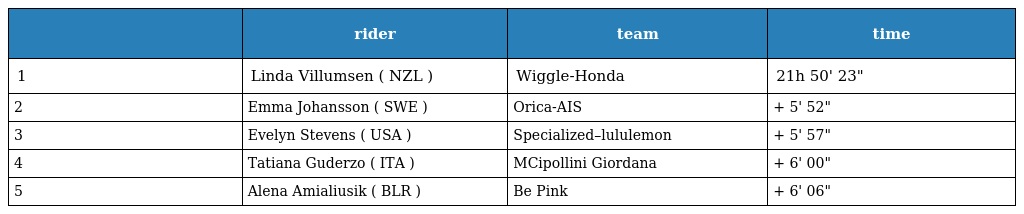
|  | rider | team | time |
 | --- | --- | --- | --- |
 | 1 | Linda Villumsen ( NZL ) | Wiggle-Honda | 21h 50' 23" |
 | 2 | Emma Johansson ( SWE ) | Orica-AIS | + 5' 52" |
 | 3 | Evelyn Stevens ( USA ) | Specialized–lululemon | + 5' 57" |
 | 4 | Tatiana Guderzo ( ITA ) | MCipollini Giordana | + 6' 00" |
 | 5 | Alena Amialiusik ( BLR ) | Be Pink | + 6' 06" |